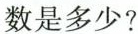
数是多少?